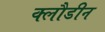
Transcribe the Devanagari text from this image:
क्लौडीन